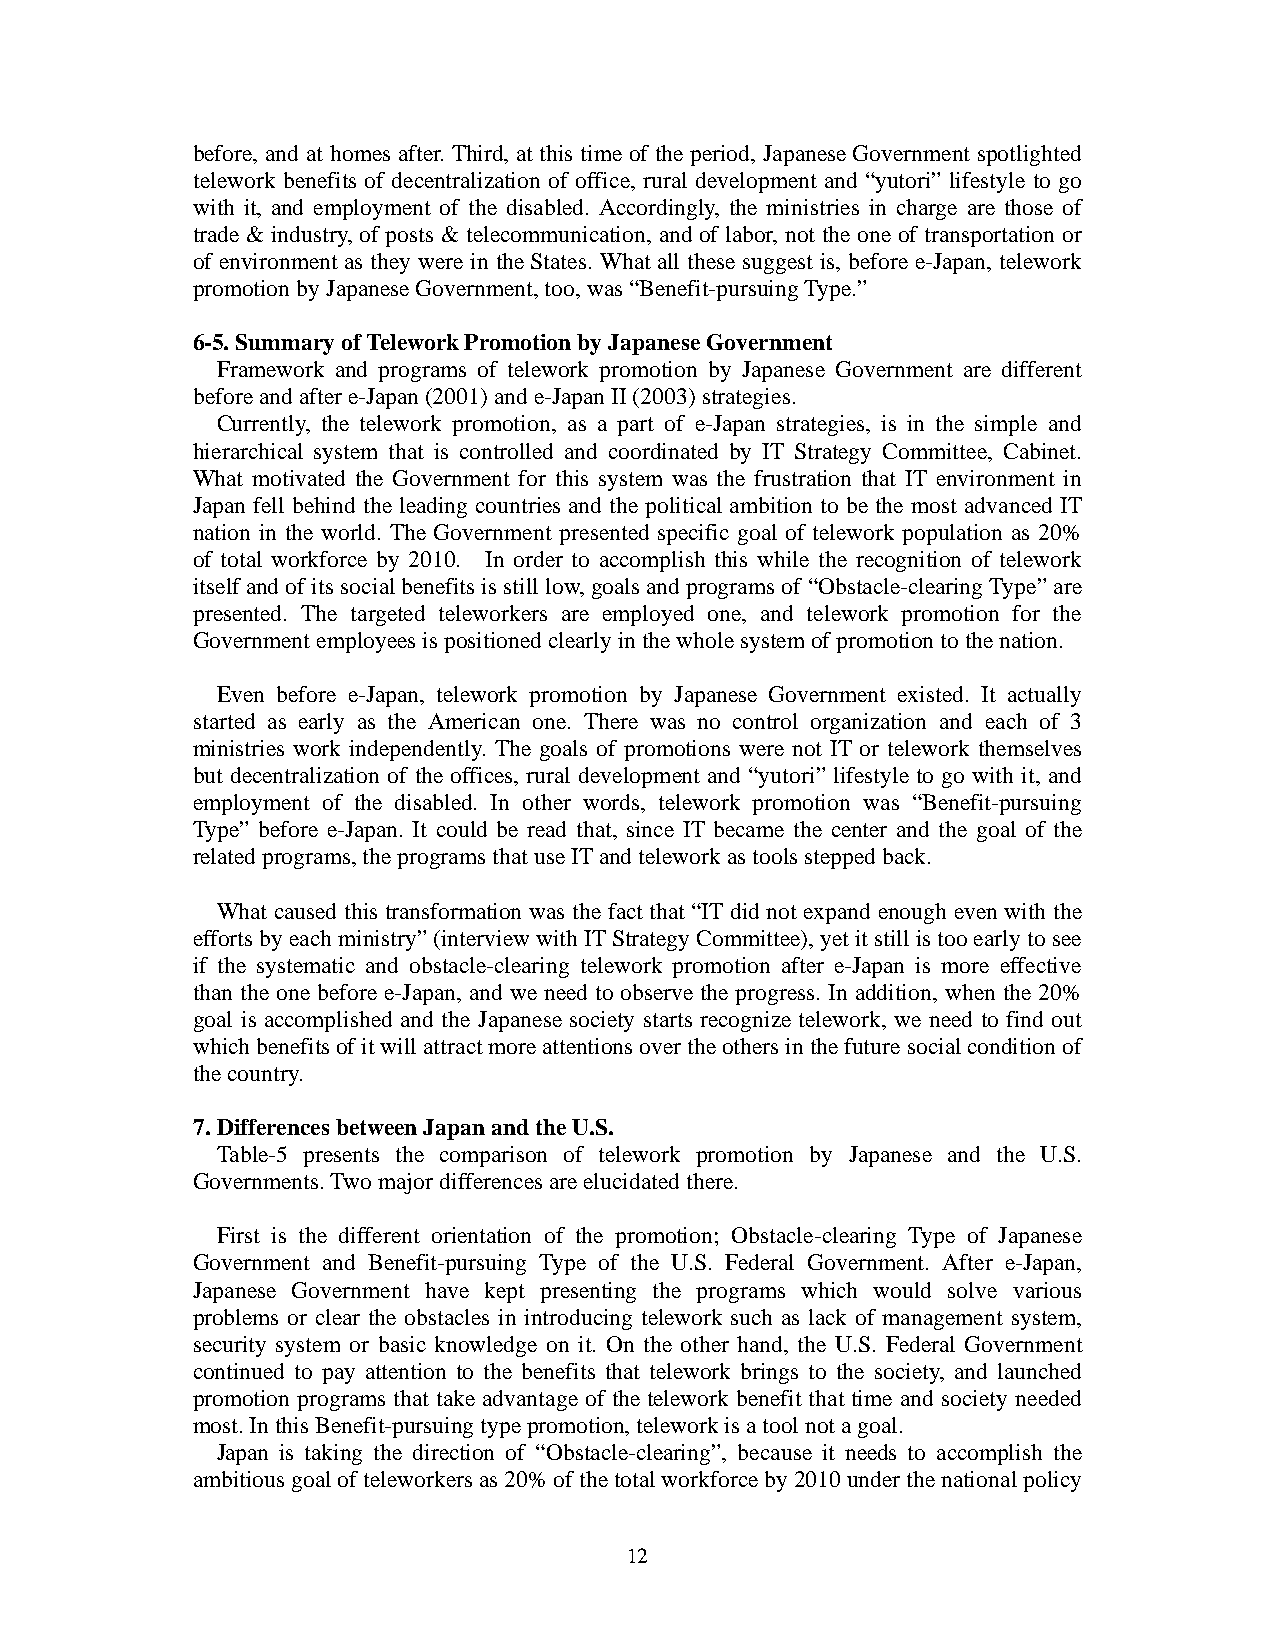
before, and at homes after. Third, at this time of the period, Japanese Government spotlighted
 telework benefits of decentralization of office, rural development and “yutori” lifestyle to go
 with it, and employment of the disabled. Accordingly, the ministries in charge are those of
 trade & industry, of posts & telecommunication, and of labor, not the one of transportation or
 of environment as they were in the States. What all these suggest is, before e-Japan, telework
 promotion by Japanese Government, too, was “Benefit-pursuing Type.”
 6-5. Summary of Telework Promotion by Japanese Government
 Framework and programs of telework promotion by Japanese Government are different
 before and after e-Japan (2001) and e-Japan II (2003) strategies.
 Currently, the telework promotion, as a part of e-Japan strategies, is in the simple and
 hierarchical system that is controlled and coordinated by IT Strategy Committee, Cabinet.
 What motivated the Government for this system was the frustration that IT environment in
 Japan fell behind the leading countries and the political ambition to be the most advanced IT
 nation in the world. The Government presented specific goal of telework population as 20%
 of total workforce by 2010. In order to accomplish this while the recognition of telework
 itself and of its social benefits is still low, goals and programs of “Obstacle-clearing Type” are
 presented. The targeted teleworkers are employed one, and telework promotion for the
 Government employees is positioned clearly in the whole system of promotion to the nation.
 Even before e-Japan, telework promotion by Japanese Government existed. It actually
 started as early as the American one. There was no control organization and each of 3
 ministries work independently. The goals of promotions were not IT or telework themselves
 but decentralization of the offices, rural development and “yutori” lifestyle to go with it, and
 employment of the disabled. In other words, telework promotion was “Benefit-pursuing
 Type” before e-Japan. It could be read that, since IT became the center and the goal of the
 related programs, the programs that use IT and telework as tools stepped back.
 What caused this transformation was the fact that “IT did not expand enough even with the
 efforts by each ministry” (interview with IT Strategy Committee), yet it still is too early to see
 if the systematic and obstacle-clearing telework promotion after e-Japan is more effective
 than the one before e-Japan, and we need to observe the progress. In addition, when the 20%
 goal is accomplished and the Japanese society starts recognize telework, we need to find out
 which benefits of it will attract more attentions over the others in the future social condition of
 the country.
 7. Differences between Japan and the U.S.
 Table-5 presents the comparison of telework promotion by Japanese and the U.S.
 Governments. Two major differences are elucidated there.
 First is the different orientation of the promotion; Obstacle-clearing Type of Japanese
 Government and Benefit-pursuing Type of the U.S. Federal Government. After e-Japan,
 Japanese Government have kept presenting the programs which would solve various
 problems or clear the obstacles in introducing telework such as lack of management system,
 security system or basic knowledge on it. On the other hand, the U.S. Federal Government
 continued to pay attention to the benefits that telework brings to the society, and launched
 promotion programs that take advantage of the telework benefit that time and society needed
 most. In this Benefit-pursuing type promotion, telework is a tool not a goal.
 Japan is taking the direction of “Obstacle-clearing”, because it needs to accomplish the
 ambitious goal of teleworkers as 20% of the total workforce by 2010 under the national policy
 12